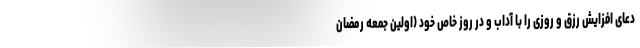
دعای افزایش رزق و روزی را با آداب و در روز خاص خود (اولین جمعه رمضان